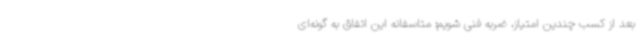
بعد از کسب چندین امتیاز، ضربه فنی شویم؛ متاسفانه این اتفاق به گونه‌ای